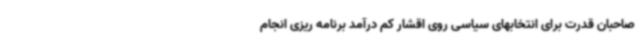
صاحبان قدرت برای انتخابهای سیاسی روی اقشار کم درآمد برنامه ریزی انجام